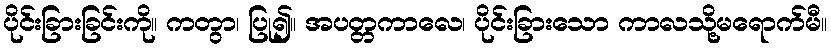
ပိုင်းခြားခြင်းကို။ ကတွာ၊ ပြု၍။ အပတ္တကာလေ၊ ပိုင်းခြားသော ကာလသို့မရောက်မီ။